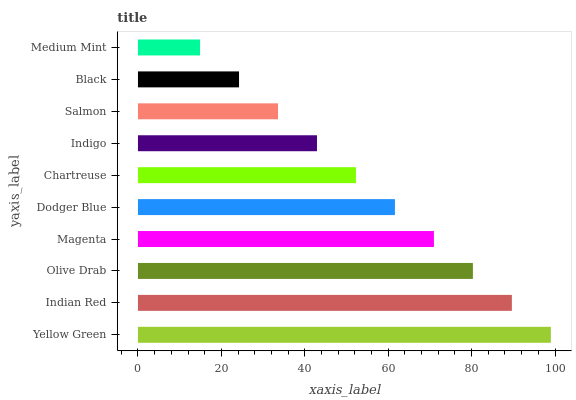
| yaxis_label | bars |
 | --- | --- |
 | Yellow Green | 99 |
 | Indian Red | 89.7 |
 | Olive Drab | 80.3 |
 | Magenta | 71 |
 | Dodger Blue | 61.6 |
 | Chartreuse | 52.3 |
 | Indigo | 42.9 |
 | Salmon | 33.6 |
 | Black | 24.2 |
 | Medium Mint | 14.9 |